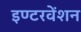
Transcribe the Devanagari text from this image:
इण्टरवेंशन